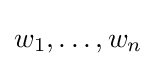
w_{1},\ldots ,w_{n}